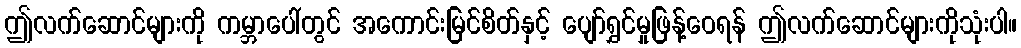
ဤလက်ဆောင်များကို ကမ္ဘာပေါ်တွင် အကောင်းမြင်စိတ်နှင့် ပျော်ရွှင်မှုဖြန့်ဝေရန် ဤလက်ဆောင်များကိုသုံးပါ။